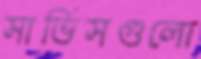
সার্ভিসগুলো